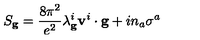
S _ { \bf g } = \frac { 8 \pi ^ { 2 } } { e ^ { 2 } } \lambda _ { \bf g } ^ { i } { \bf v } ^ { i } \cdot { \bf g } + i n _ { a } \sigma ^ { a }